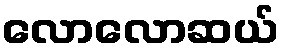
လောလောဆယ်